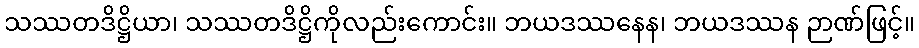
သဿတဒိဋ္ဌိယာ၊ သဿတဒိဋ္ဌိကိုလည်းကောင်း။ ဘယဒဿနေန၊ ဘယဒဿန ဉာဏ်ဖြင့်။